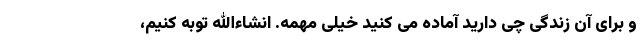
و برای آن زندگی چی دارید آماده می کنید خیلی مهمه. انشاءالله توبه کنیم،